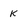
Character: k